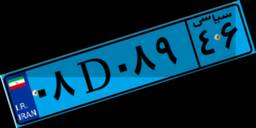
۰۸D۰۸۹۴۶